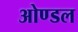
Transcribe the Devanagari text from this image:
ओण्डल